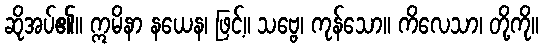
ဆိုအပ်၏။ ဣမိနာ နယေန၊ ဖြင့်။ သဗ္ဗေ၊ ကုန်သော။ ကိလေသာ၊ တို့ကို။